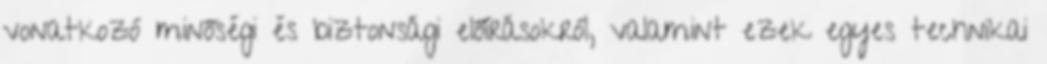
vonatkozó minőségi és biztonsági előírásokról, valamint ezek egyes technikai